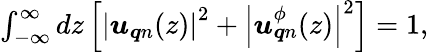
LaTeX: \begin{array}{r}{\int_{-\infty}^{\infty}dz\left[\left|\boldsymbol{u}_{\boldsymbol{q}n}(z)\right|^{2}+\left|\boldsymbol{u}_{\boldsymbol{q}n}^{\phi}(z)\right|^{2}\right]=1,}\end{array}